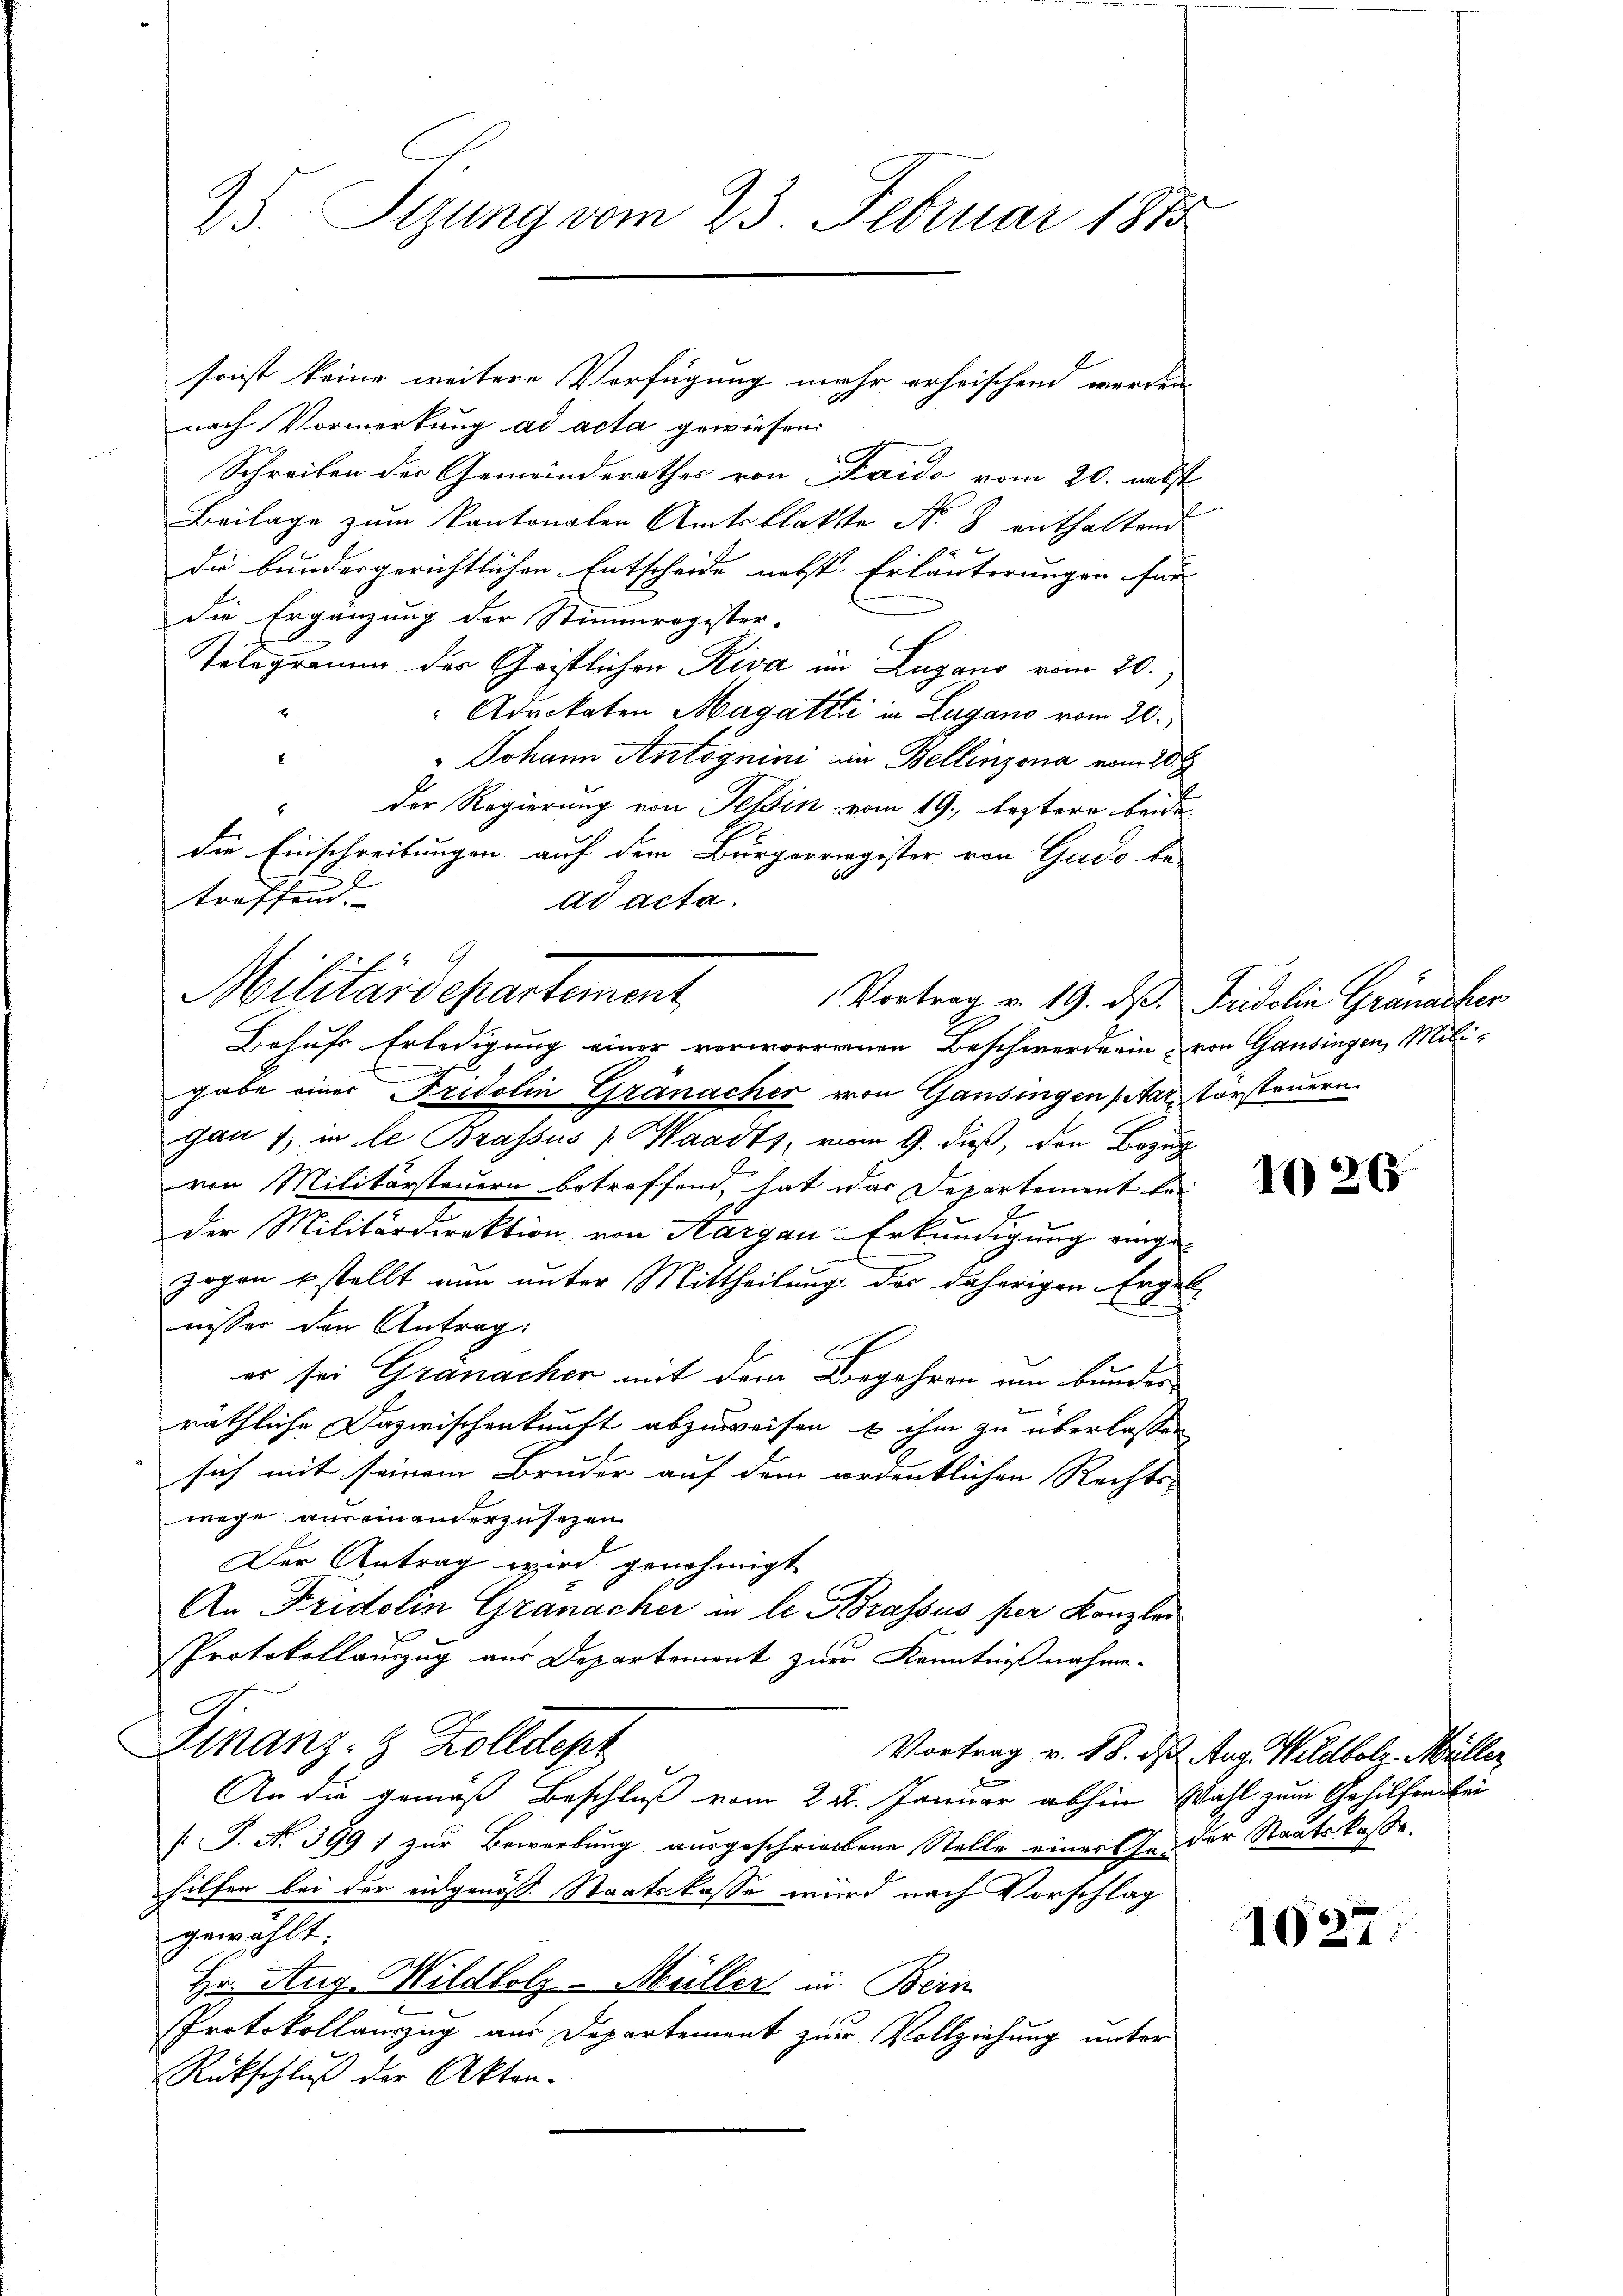
25. Sizung vom 23. Februar 1875

sonst keine weitere Verfügung mehr erheischend werden,
nach Vormerkung ad acta gewiesen
Schreiben der Gemeinderathes von Kaido vom 20. nebst
Beilage zum Kantonalen Amtsblatte No 8 enthaltend
Die bundergerichtlichen Entscheide nebst Erläuterungen für |
die Ergänzung der Stimmregister-
Tologramm der Geistlichen Riva in Lugano vom 20.
Advokaten Magatte in Lugano vom 20.)
E
Johann Antognini in Bellinzona vom 10t
der Regierung von Tessin vom 19. leztere beide
z
die Einschreibungen auf dem Bürgerregister von Gado be-
treffend.
ad acta.
Behufs Erledigung einer verworrrenen Beschwerderin von Gausingen, Miligabe einer Fridolin Granacher von Gansingen par Vorsteuern
gan 1, in le Brassus Waadts, vom 9. dieß, den Bezug
von Militärsteuern betreffend, hat das Departement bei
der Militärdirektion von Aargau-Erkundigung einge-
zogen stellt nun unter Mittheilung der daherigen Ergebaisser den Antrag:
er sei Granacher mit dem Begehren um Bunder
räthliche Dazwischenkunft abzuweisen & ihm zu überlassen
sich mit seinem Bruder auf dem ordentlichen Rechts-
wege aus einanderzusezen
Der Antrag wird genehmigt
An Fridolin Granacher in le Brassus per Kanzlei
Protokollauszug aus Departement zur Kenntnißnahme-
Finanz- & Zolldept
Vortrag v. 18. ds Aug. Wildbolz. Müller
An die gemäß Beschluß vom 24. Januar abhin Wahl zum Gehilfensbei
/: J. No 399 ; zur Bewerkung ausgeschriebene Stelle einer Geder Staatskasse.
hilfen bei der eidgenöss. Staatskasse wird nach Vorschlag
gewählt.
Hr. Aug Wildbolz-Müller in Bern
Protokollauszug aus Departement zur Vollziehung unter
Rückschluß der Akten-

E
Miluardepartement

Vortrag v. 19. ds. Fridolin Granacher

1026

1027.